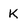
Character: K